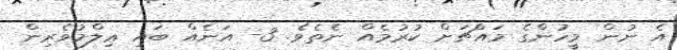
އެ ނުން މީހުންގެ މައްޗަށް ކުރުމެއް ނެތެވެ. 3- އަނެއް ބައި ޢިލްމުވެރިން